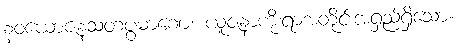
နဝယောဇနသတပွမာဏေ၊ ယူဇနာကိုးရာအတိုင်းအရှည်ရှိသော။